Elephants and their diseases
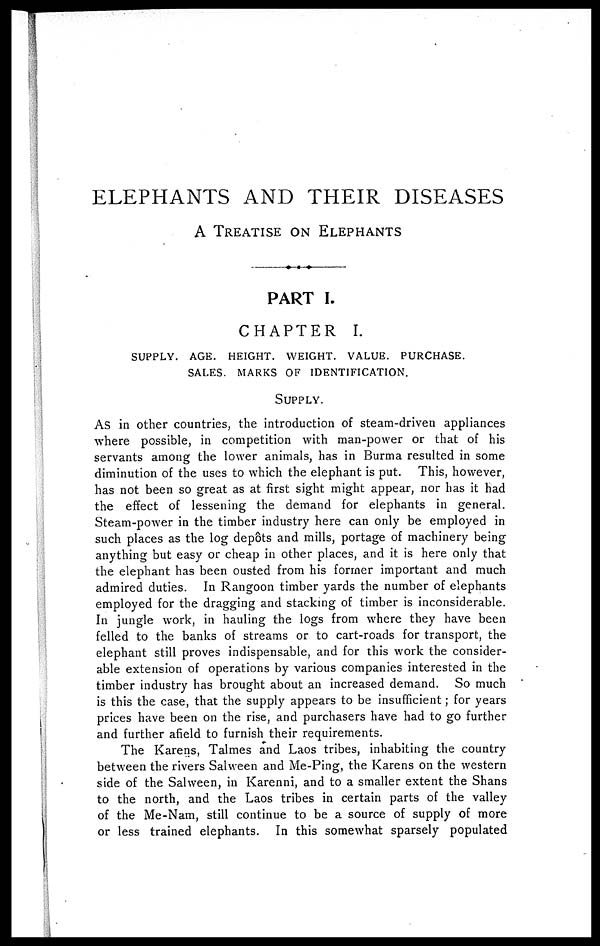
ELEPHANTS AND THEIR DISEASES
A TREATISE ON ELEPHANTS
PART I.
CHAPTER I.
SUPPLY. AGE. HEIGHT. WEIGHT. VALUE. PURCHASE.
SALES. MARKS OF IDENTIFICATION.
SUPPLY.
As in other countries, the introduction of steam-driven appliances
where possible, in competition with man-power or that of his
servants among the lower animals, has in Burma resulted in some
diminution of the uses to which the elephant is put. This, however,
has not been so great as at first sight might appear, nor has it had
the effect of lessening the demand for elephants in general.
Steam-power in the timber industry here can only be employed in
such places as the log depots and mills, portage of machinery being
anything but easy or cheap in other places, and it is here only that
the elephant has been ousted from his former important and much
admired duties. In Rangoon timber yards the number of elephants
employed for the dragging and stacking of timber is inconsiderable.
In jungle work, in hauling the logs from where they have been
felled to the banks of streams or to cart-roads for transport, the
elephant still proves indispensable, and for this work the consider-
able extension of operations by various companies interested in the
timber industry has brought about an increased demand. So much
is this the case, that the supply appears to be insufficient; for years
prices have been on the rise, and purchasers have had to go further
and further afield to furnish their requirements.
The Karens, Talmes and Laos tribes, inhabiting the country
between the rivers Salween and Me-Ping, the Karens on the western
side of the Salween, in Karenni, and to a smaller extent the Shans
to the north, and the Laos tribes in certain parts of the valley
of the Me-Nam, still continue to be a source of supply of more
or less trained elephants. In this somewhat sparsely populated